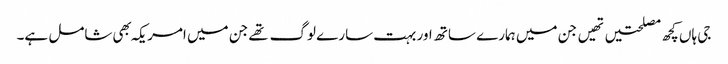
جی ہاں کچھ مصلحتیں تهیں جن میں ہمارے ساتھ اور بہت سارے لوگ تهے جن میں امریکہ بهی شامل ہے۔